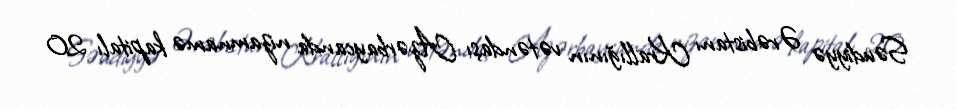
Səudiyyə Ərəbistanı Krallığının vətəndaşı Azərbaycanda nizamnamə kapitalı 20